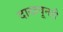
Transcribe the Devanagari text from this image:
दाखवूनही